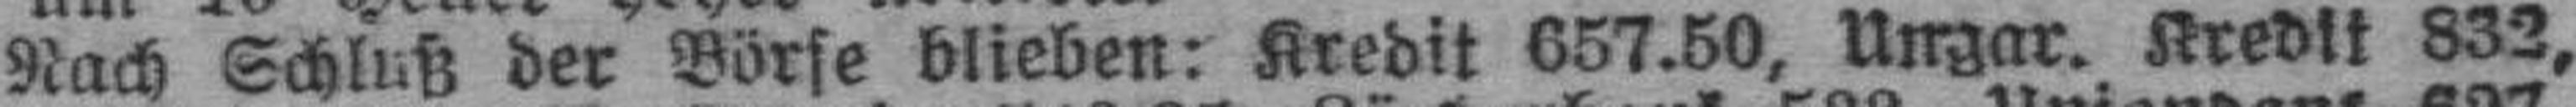
Nach Schluß der Börse blieben: Kredit 657.50, Ungar. Kredit 832,